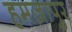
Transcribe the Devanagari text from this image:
हमज़ापुर